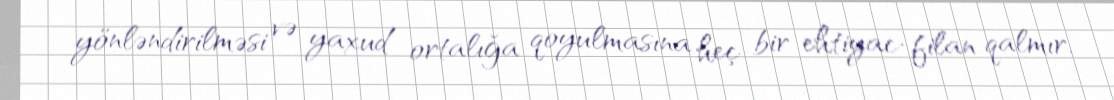
yönləndirilməsi və yaxud ortalığa qoyulmasına heç bir ehtiyac-filan qalmır.